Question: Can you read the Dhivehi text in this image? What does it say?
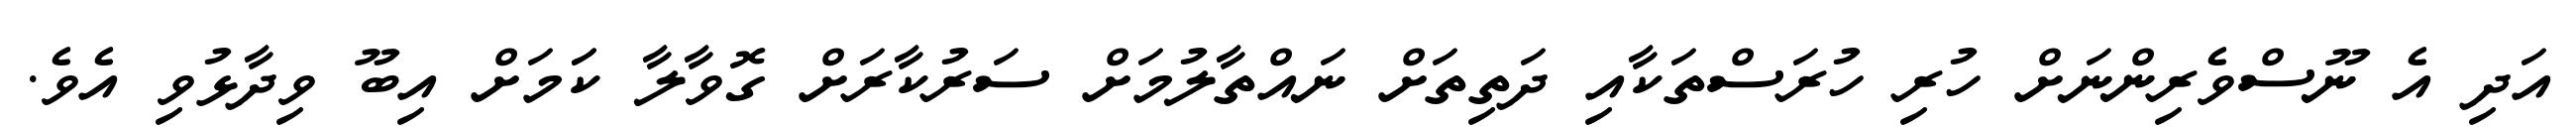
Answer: އަދި އެ ނޫސްވެރިންނަށް ހުރި ހުރަސްތަކާއި ދަތިތަށް ނައްތާލުމަށް ސަރުކާރަށް ގޮވާލާ ކަަމަށް އިބޫ ވިދާޅުވި އެވެ.